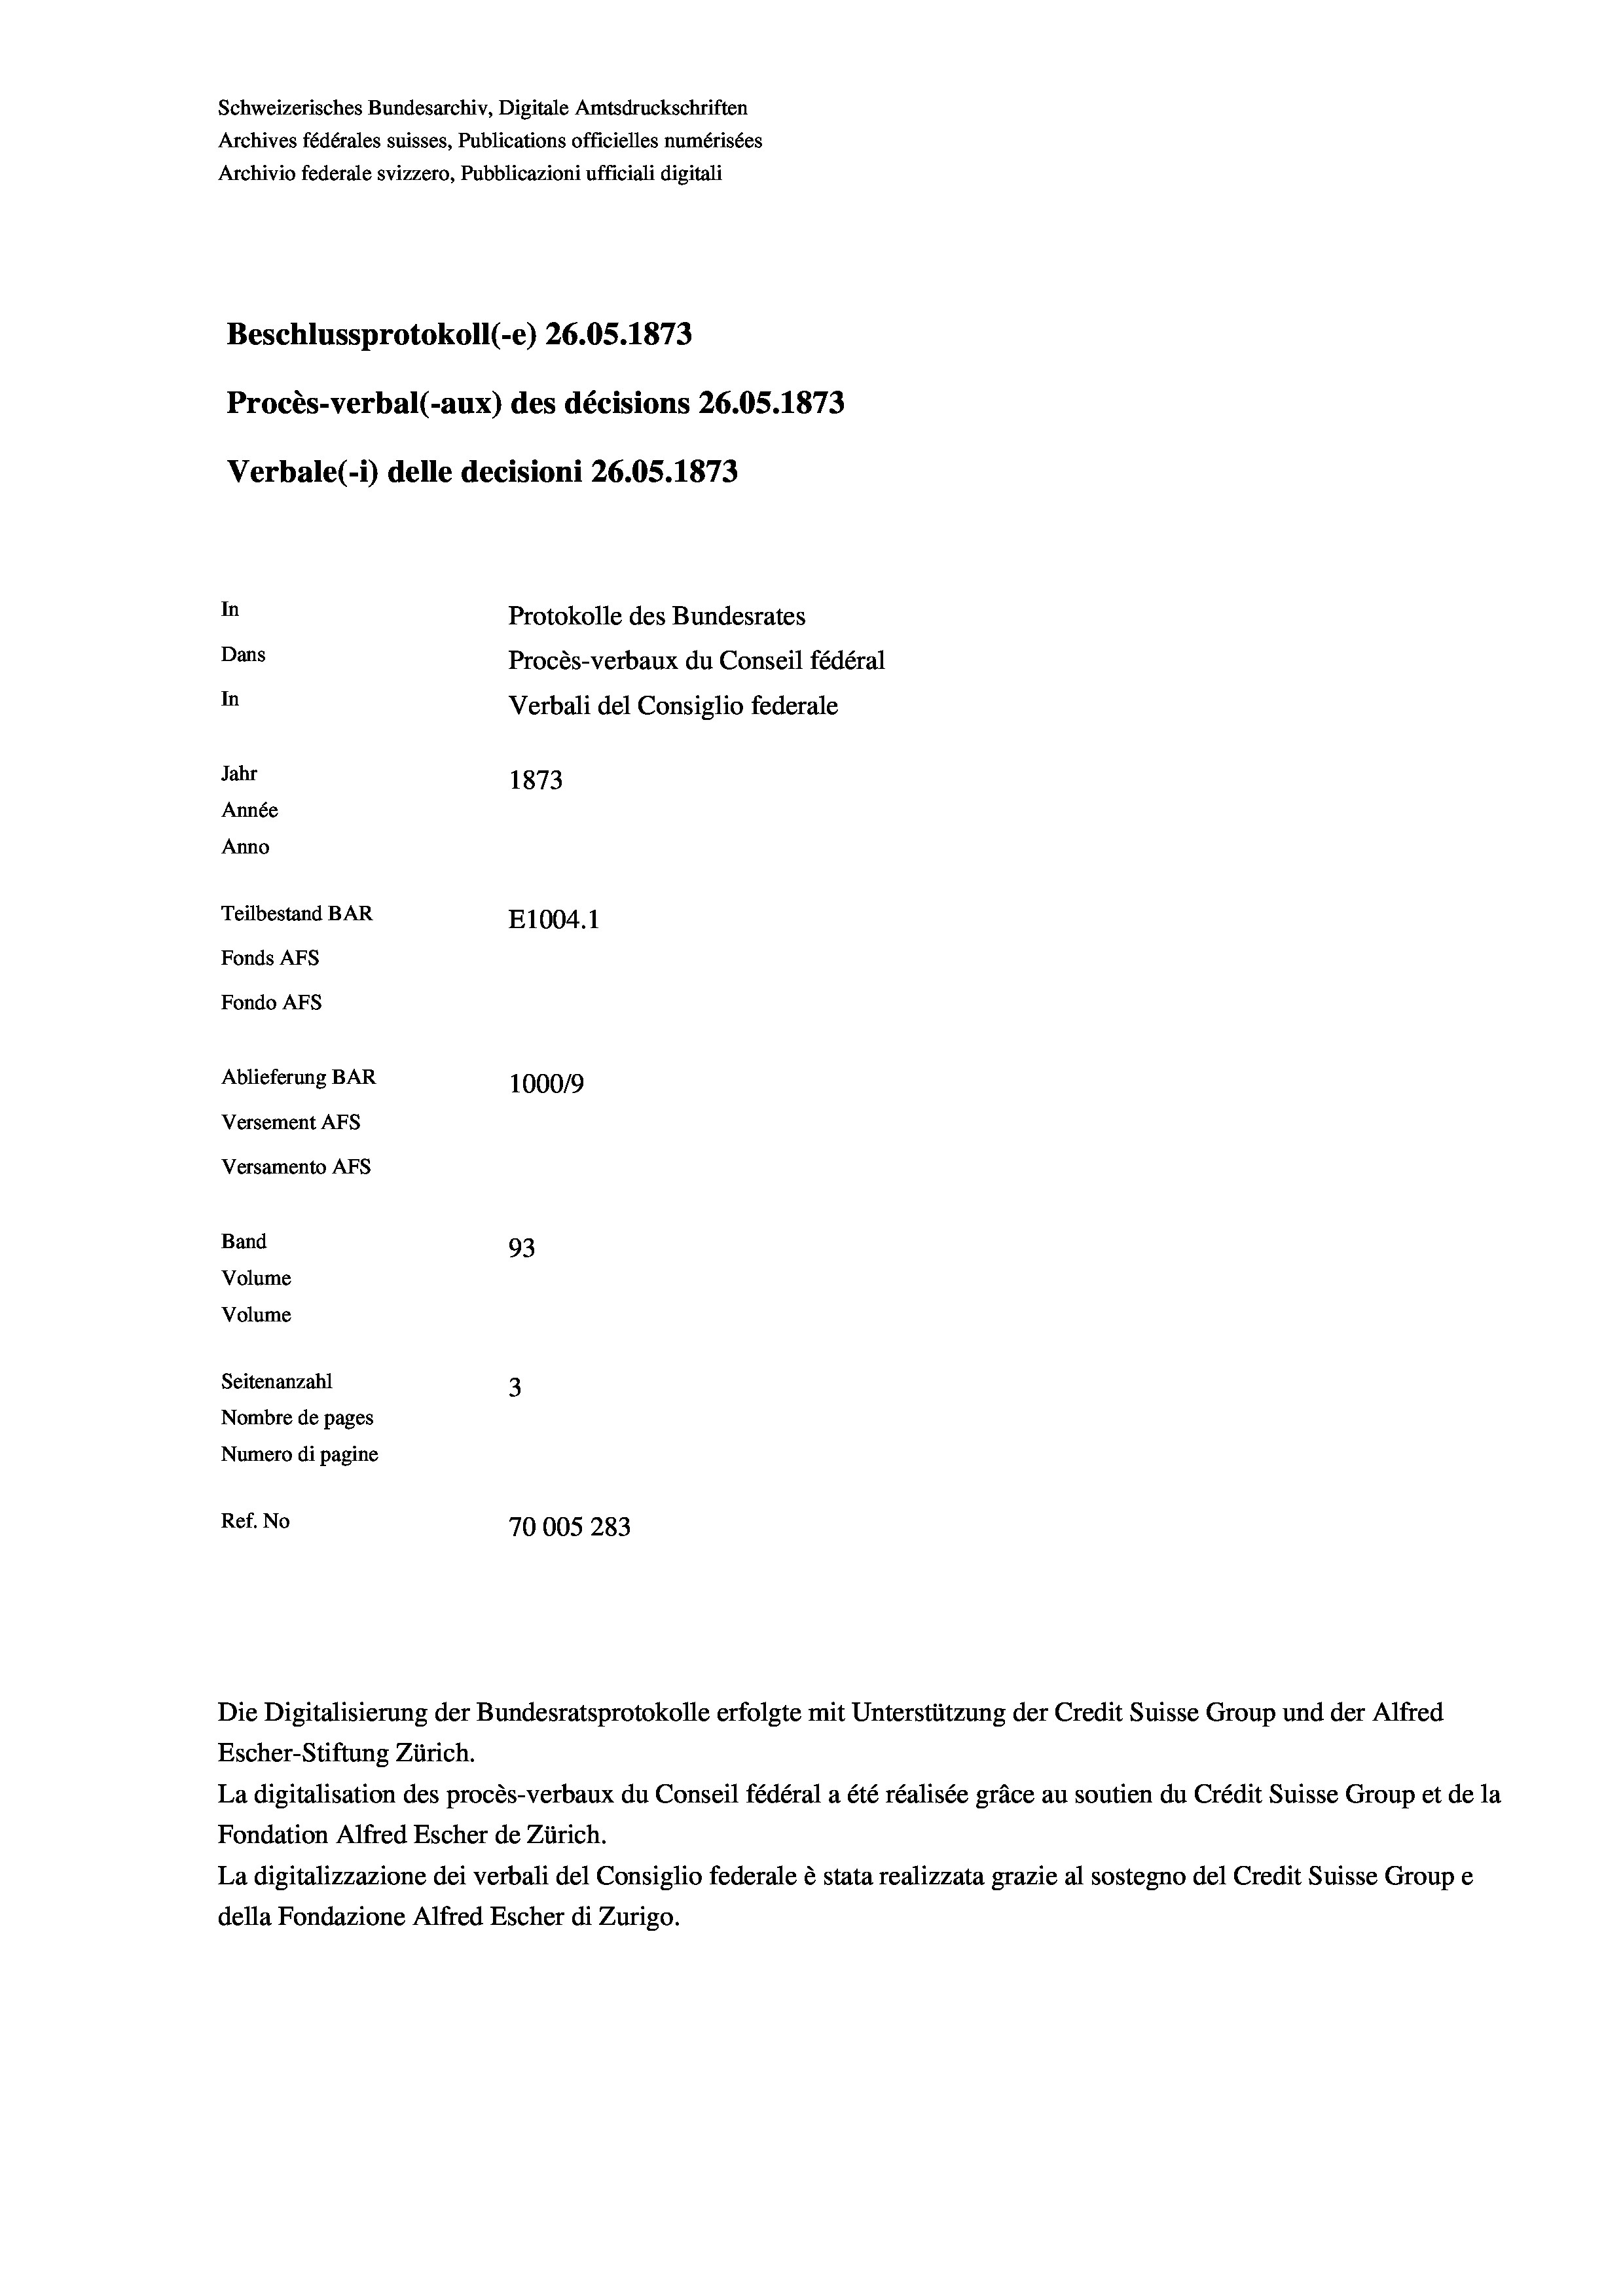
Schweizerisches Bundesarchiv, Digitale Amtsdruckschriften
Archives fédérales suisses, Publications officielles numérisées
Archivio federale svizzero, Pubblicazioni ufficiali digitali
Beschlussprotokoll (-e) 26.05. 1873
Procès-verbal (-aux) des décisions 26.05. 1873
Verbale (1) delle decisioni 26.05. 1873
In
Protokolle des Bundesrates
Dans
Procès-verbaux du Conseil fédéral
In
Verbali del Consiglio federale
Jahr
1873
Année
Anno
Teilbestand BAR
E1004.1
Fonds AFs
Fondo AFs
Ablieferung BAR
100019
Versement AFS
Versamento Afs

Band
Volume
Volume

93
Seitenanzahl
3
Nombre de pages
Numero di pagine
Ref. No
70005 283

Escher-Stiftung Zürich.
La digitalisation des procès-verbaux du Conseil fédéral a été réalisée gräce au soutien du Crédit Suisse Group et de la
Fondation Alfred Escher de Zürich.
La digitalizzazione dei verbali del Consiglio federale è stata realizzata grazie al sostegno del Credit Suisse Groupe
della Fondazione Alfred Escher di Zurigo.

Die Digitalisierung der Bundesratsprotokolle erfolgte mit Unterstützung der Credit Suisse Group und der Alfred